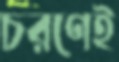
চরণেই